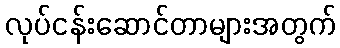
လုပ်ငန်းဆောင်တာများအတွက်